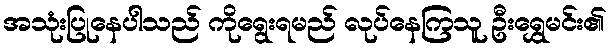
အသုံးပြုနေပါသည် ကိုရွေးရမည် လုပ်နေကြသူ ဦးရွှေမင်း၏